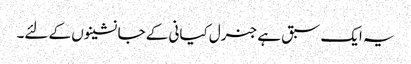
یہ ایک سبق ہے جنرل کیانی کے جانشینوں کے لئے۔